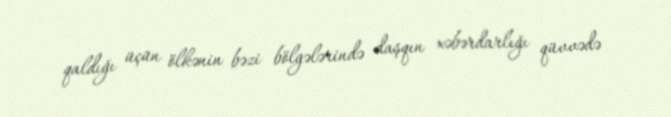
qaldığı üçün ölkənin bəzi bölgələrində daşqın xəbərdarlığı qüvvədə